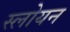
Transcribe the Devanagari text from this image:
स्लोयन